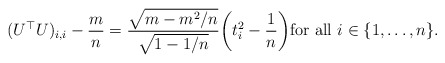
\begin{align*}(U^\top U)_{i,i} - \frac{m}{n} = \frac{\sqrt{m - m^2/n}}{\sqrt{1-1/n}} \bigg( t_i^2 - \frac{1}{n} \bigg) \mbox{for all }i \in \{1,\ldots, n\}.\end{align*}